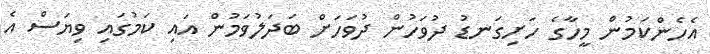
އެހެންކަމުން މީހާގެ ހަށިގަނޑު ދުވަހުން ދުވަހަށް ބަދަލުވަމުން އައި ކަމުގައި ވިޔަސް އެ